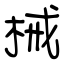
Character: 械